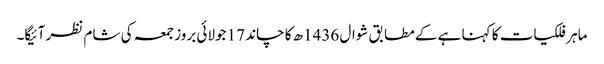
ماہر فلکیات کا کہنا ہے کے مطابق شوال 1436ھ کا چاند 17 جولائی بروز جمعہ کی شام نظر آئیگا۔